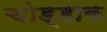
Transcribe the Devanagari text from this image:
चोड्डाक